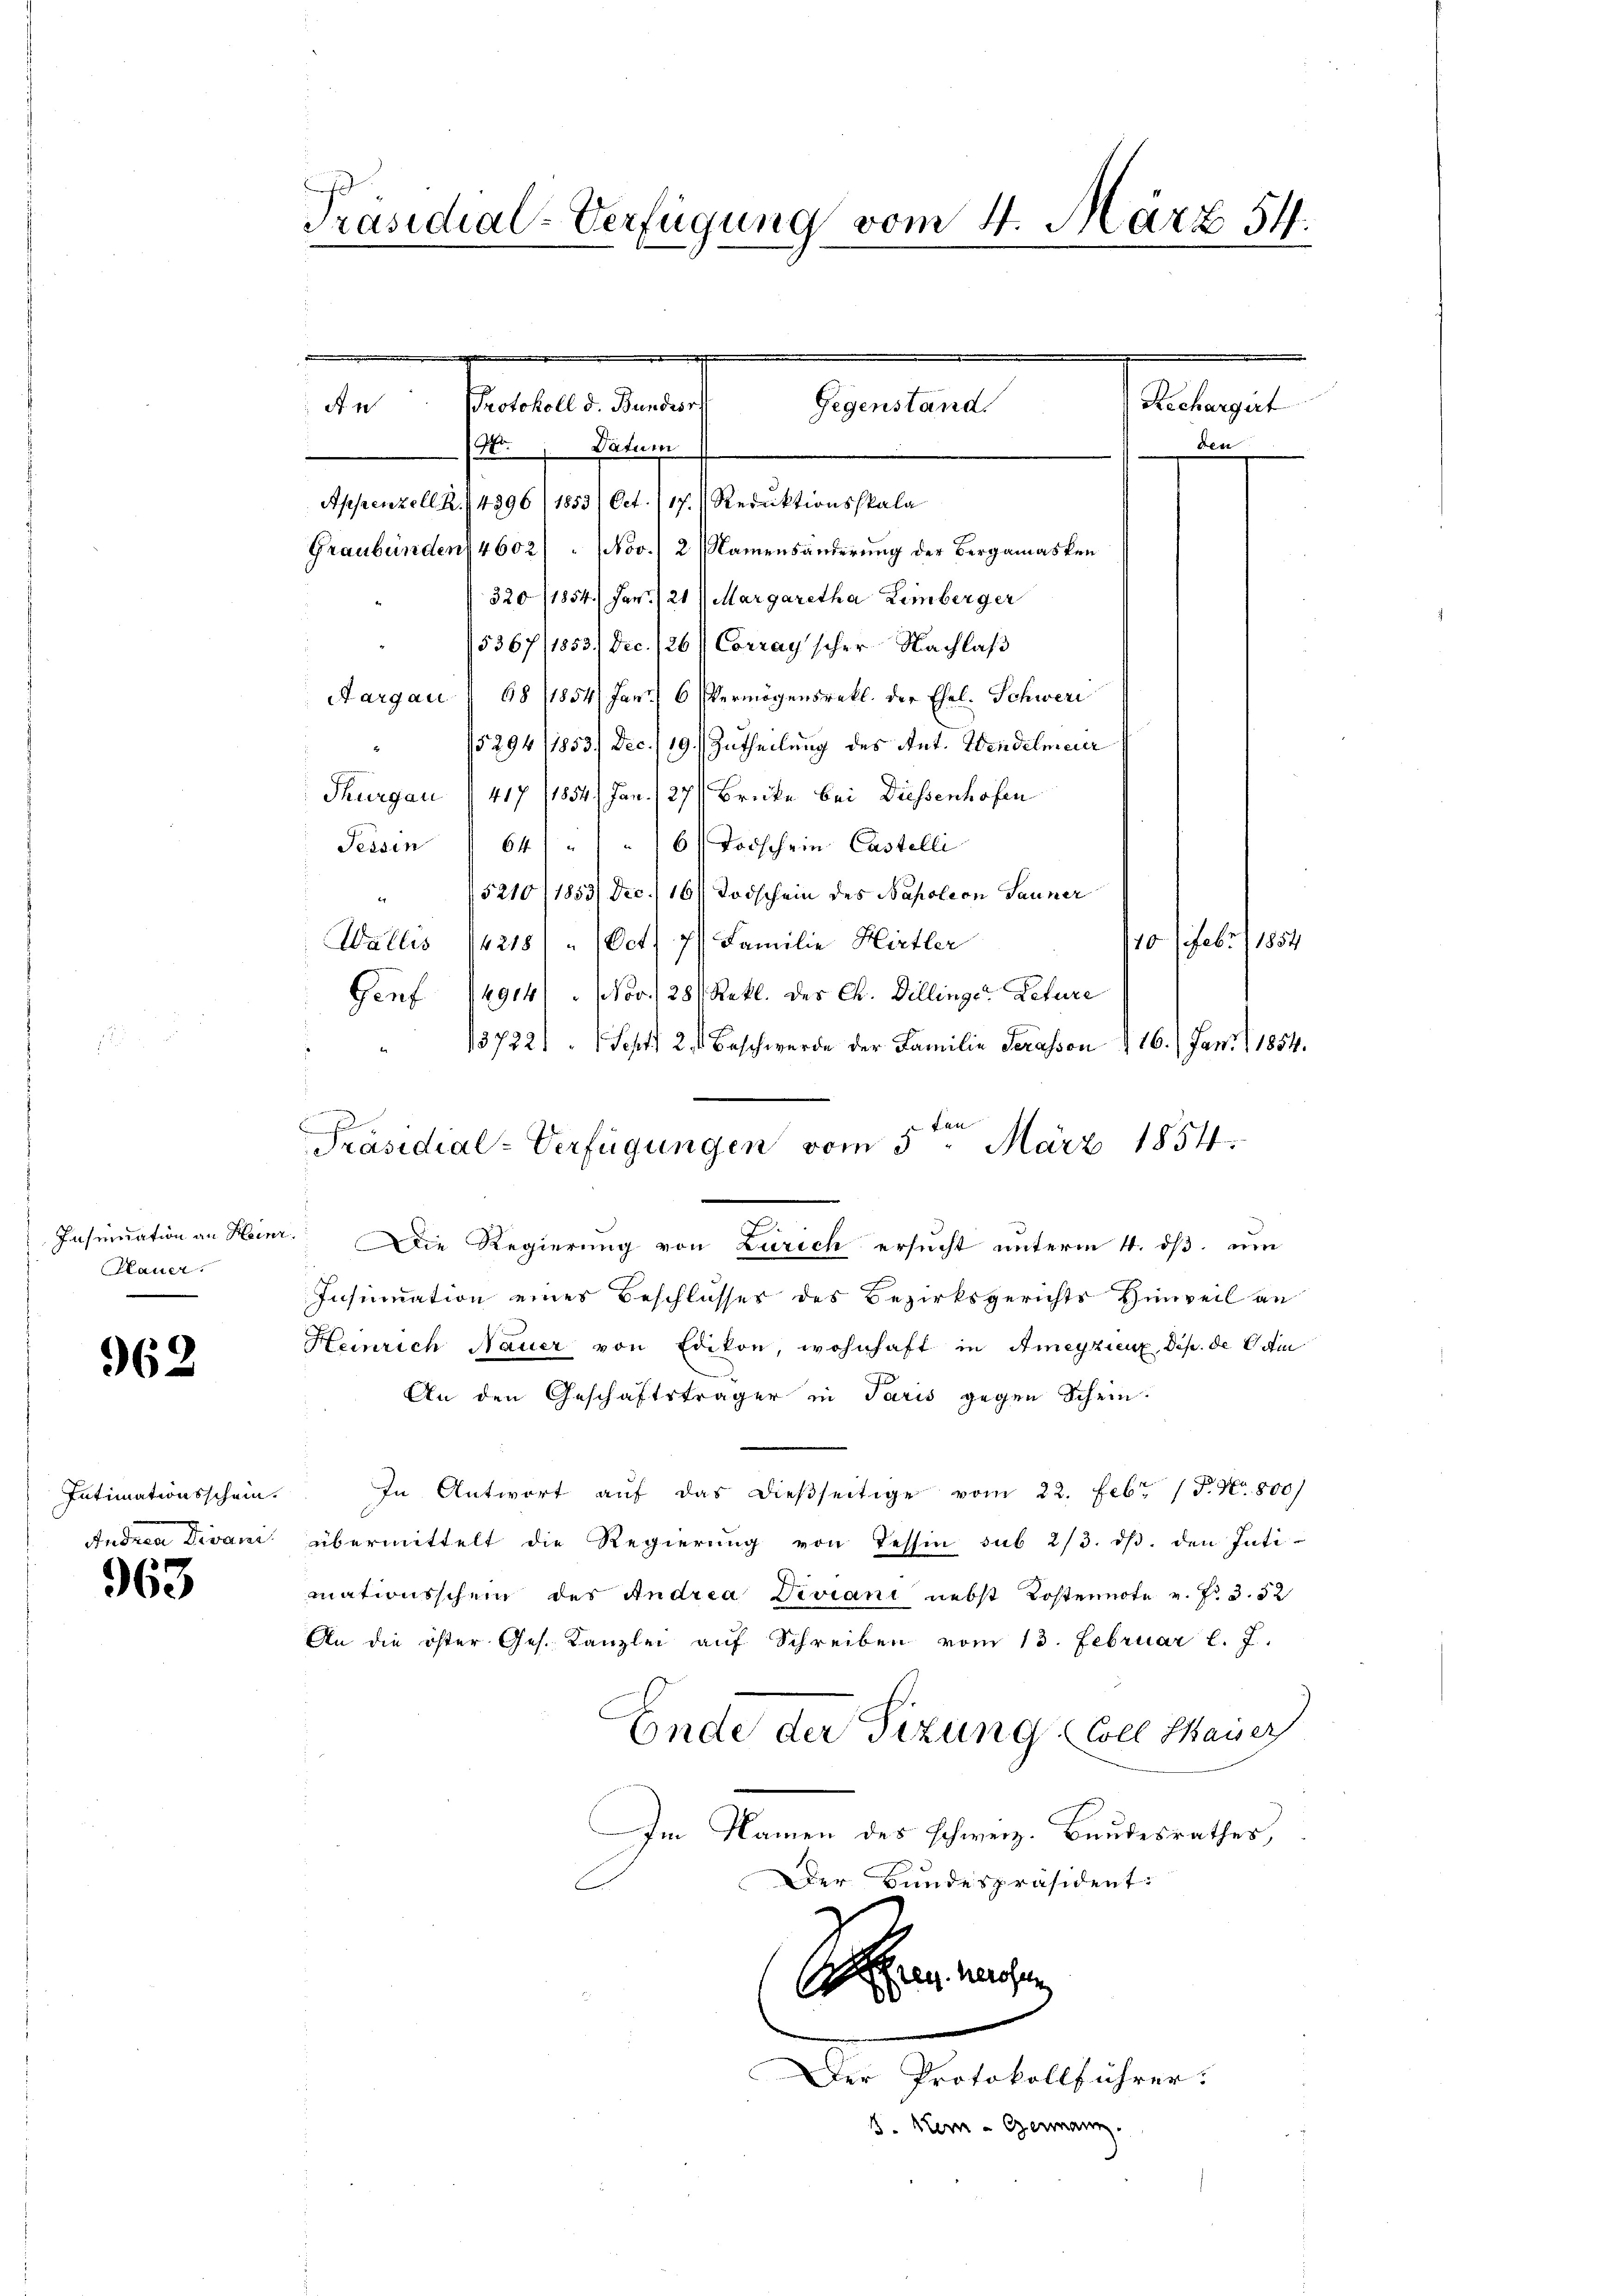
Mauer

962

Intimationsschein.
Indrea Divani

963

Präsidial-Verfügung vom 4. März 54.

te Pertigens
Gegenstand
Datum
46.

Appenzell Z. 4896 (1853 (Oct. 117. Reduktionsskala
Graubünden 4602/ Nov.) 2 (Namensänderung der Bergamasken
320/1854.) Jan. 121) Margaretha Limberger
5367/1853 dec. 126 Corrag'scher Nachlaß
Aargau § 68 (1854 Jan
6
Vermögensrekt. der Ehel. Schwere
15294/1853) Dec./19.) Zutheilung des Ant. Wendelmauer
Thurgau (417 11854) Jan. 27 (Brücke bei Diessenhofen
64 " " 16 Todschein Castelli
Tessin
5210/1883/ Dec. 16 Todschein des Napoleon Sauner
Familie Hirtler
Wallis 14218/ " Oct.
Genf 14914). Nov. 128 (Rek. des Ch. Dillinger Peture
13722) " " Sept. 2. Beschwerde der Familie Serasson § 16. Jan. 1854.
an
Insundation an Heinr. Die Regierung von Zürich ersucht unterm 4. dß um
Insinuation eines Beschlusses des Bezirksgerichts Hinweil an
Heinrich Nauer von Edikon, wohnhaft in Ameyzieux, dep. de Cam
An den Geschäftsträger in Paris gegen Schein.
In Antwort aŭf das dieβseitige vom 22. Febr. 17. No. 800)
übermittelt die Regierŭng von Tessin sub 2/3. dβ. den Inti-
mationsschein des Andrea Viviani nebst Kostennote v. Nr. 3. 52
An die öster Ges. Kanzlei aŭf Schreiben vom 13. Februar l. J.
Ende der Sizung Coll Mauer
Im Namen des schweiz. Bundesrathes,
Der Bundespräsident.
eg machen
Der Protokollführer.
B. Mein - Genanz.

Präsidial-Verfügungen vom 5. März 1854.

Rechargirt
des

110 7 Febr. 1854